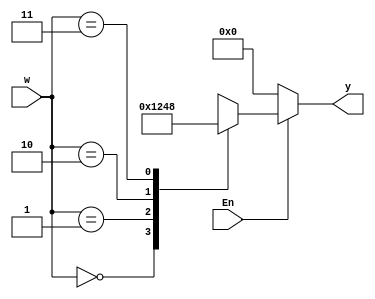
module decoder24(w,En,y);
input [1:0] w;
input En;
output reg [3:0] y;
always @(w or En)
begin
	y=4'b0000;
    if (En == 1)
    begin
            case(w)
            0:  y=4'b0001;
            1:  y=4'b0010;
            2:  y=4'b0100;
            3:  y=4'b1000;
            endcase
        end
    end
endmodule

module Q3(w,En,y);
input [3:0] w;
input En;
output [15:0] y;
wire [3:0] y1;
    
decoder24 stage0(w[3:2],En,y1);
decoder24 stage1(w[1:0],y1[0],y[3:0]);
decoder24 stage2(w[1:0],y1[1],y[7:4]);
decoder24 stage3(w[1:0],y1[2],y[11:8]);
decoder24 stage4(w[1:0],y1[3],y[15:12]);
endmodule